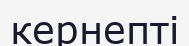
кернепті